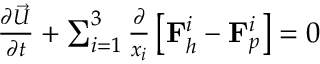
\begin{array} { r } { \frac { \partial \vec { U } } { \partial t } + \sum _ { i = 1 } ^ { 3 } \frac { \partial } { x _ { i } } \left[ \mathbf { F } _ { h } ^ { i } - \mathbf { F } _ { p } ^ { i } \right] = 0 } \end{array}